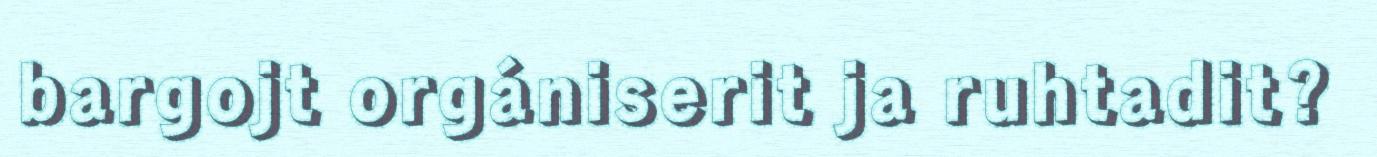
bargojt orgániserit ja ruhtadit?